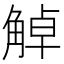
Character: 𧣺